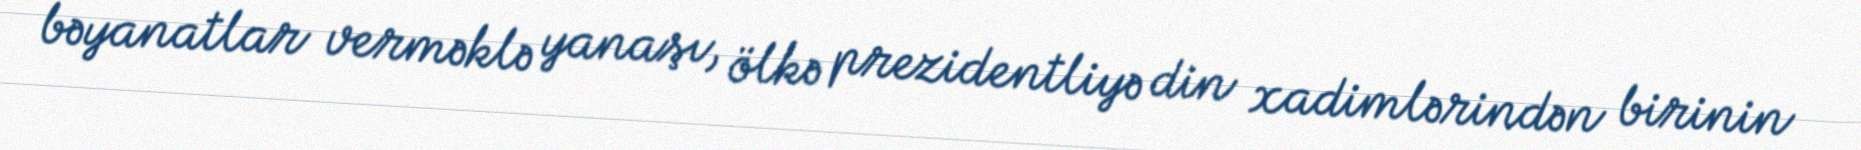
bəyanatlar verməklə yanaşı, ölkə prezidentliyə din xadimlərindən birinin